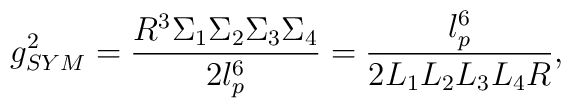
g_{SYM}^2 = \frac {R^3 \Sigma_1 \Sigma_2 \Sigma_3 \Sigma_4}{2l_p^6} = \frac {l_p^6}{2 L_1 L_2 L_3 L_4 R},